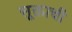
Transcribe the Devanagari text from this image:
सूक्ताची